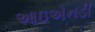
આઇએનડી